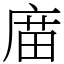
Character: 庿